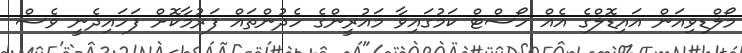
މޯލްޑިވިއަން އައިޑޮލްގެ އެއް ހޯސްޓް ކަމުގައިވާ މައުރީންގެ ހެދުންތައް ފަރުމާކޮށް ފަހައިދެނީ ވެސް